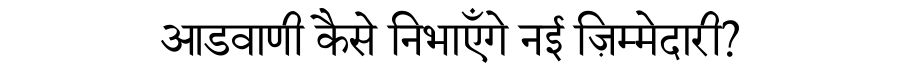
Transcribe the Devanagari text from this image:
आडवाणी कैसे निभाएँगे नई ज़िम्मेदारी?